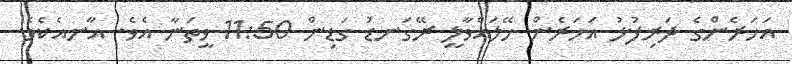
އަހަރެންގެ ދަރިފުޅު އަހަރެން ހޭލައްވާލީ ރޭގަނޑު ގަޑިން 11:50 ވީތަނާ އެވެ. އާނއެކެވެ.